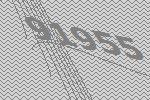
91955